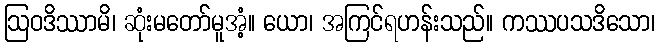
ဩဝဒိဿာမိ၊ ဆုံးမတော်မူအံ့။ ယော၊ အကြင်ရဟန်းသည်။ ကဿပသဒိသော၊